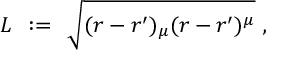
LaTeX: L \; \, : = \; \, \sqrt { ( r - r ^ { \prime } ) _ { \mu } ( r - r ^ { \prime } ) ^ { \mu } } \; ,